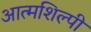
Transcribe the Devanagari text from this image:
आत्‍मशिल्‍पी